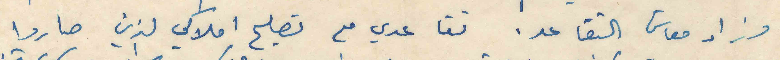
وزاد معاش التقاعد. تقاعدي مع تصليح املاكي الذين صاروا